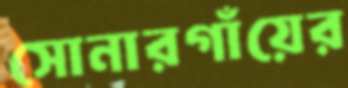
সোনারগাঁয়ের